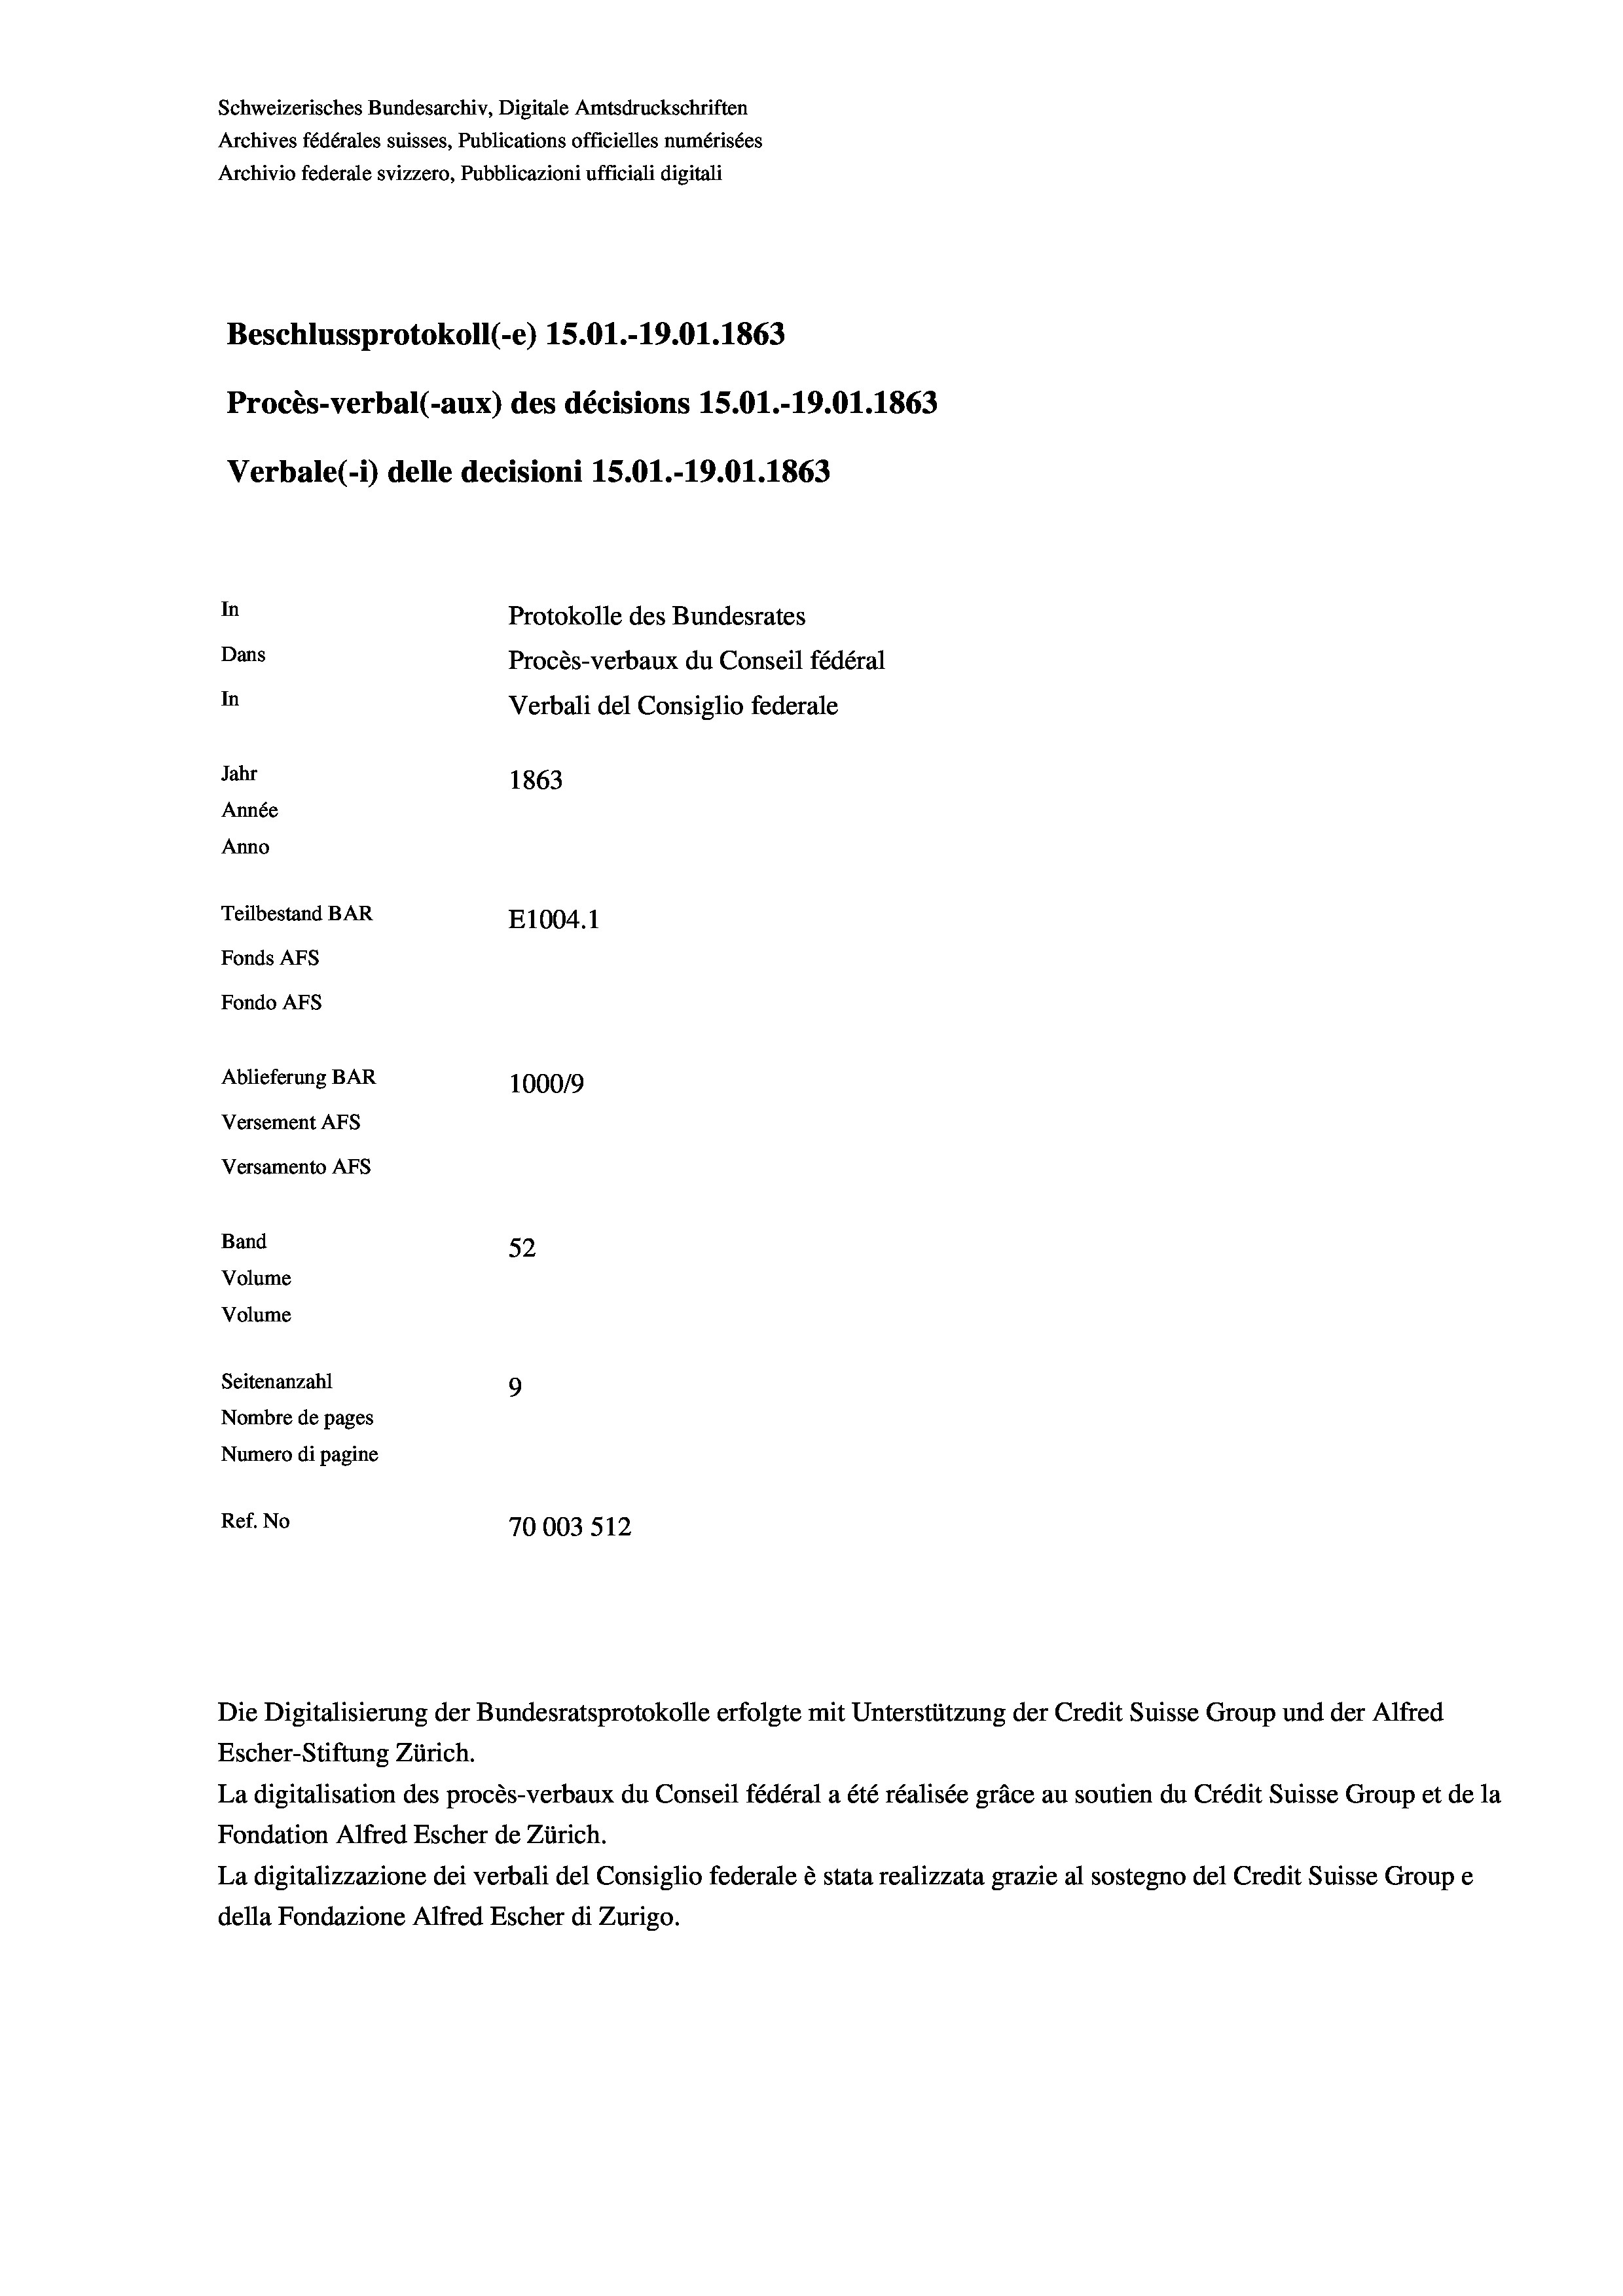
Schweizerisches Bundesarchiv, Digitale Amtsdruckschriften
Archives fédérales suisses, Publications officielles numérisées
Archivio federale svizzero, Pubblicazioni ufficiali digitali
Beschlussprotokoll (-e) 15.01.-19.01. 1863
Procès-verbal (-aux) des décisions 1S.O1.-19.01. 1863
Verbale (- 1) delle decisioni 15.01.-19.01. 1863
In
Protokolle des Bundesrates
Dans
Procès-verbaux du Conseil fédéral
In
Verbali del Consiglio federale
Jahr
1863
Année
Anno
Teilbestand BAR
E1004.1
Fonds AFs
Fondo AFs
Ablieferung BAR
100019
Versement As
Versamento AFs
Band
52
Volume
Volume
Seitenanzahl
9
Nombre de pages
Numero di pagine
Ref. No
70003 512

Escher-Stiftung Zürich.
La digitalisation des procès-verbaux du Conseil fédéral a été réalisée gräce au soutien du Crédit Suisse Group et de la
Fondation Alfred Escher de Zürich.
La digitalizzazione dei verbali del Consiglio federale è stata realizzata grazie al sostegno del Credit Suisse Groupe
della Fondazione Alfred Escher di Zurigo.

Die Digitalisierung der Bundesratsprotokolle erfolgte mit Unterstützung der Credit Suisse Group und der Alfred